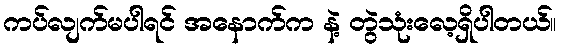
ကပ်လျက်မပါရင် အနောက်က နဲ့ တွဲသုံးလေ့ရှိပါတယ်။